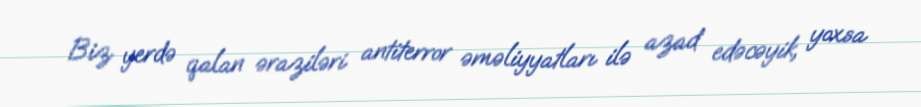
Biz yerdə qalan əraziləri antiterror əməliyyatları ilə azad edəcəyik, yoxsa